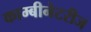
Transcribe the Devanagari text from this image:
काम्बीनेटरीज